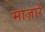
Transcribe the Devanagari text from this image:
माज़ारें